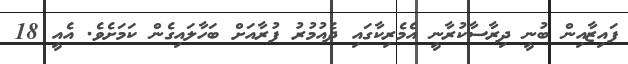
ފައިޒާއިން ބުނީ ދިރާސާކުރާނީ އެމެރިކާގައި ދެއުމުރު ފުރާއަށް ބަހާލައިގެން ކަމަށެވެ. އެއީ 18